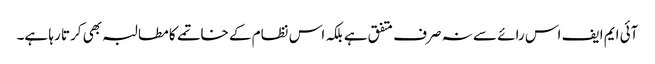
آئی ایم ایف اس رائے سے نہ صرف متفق ہے بلکہ اس نظام کے خاتمے کا مطالبہ بھی کرتا رہا ہے۔